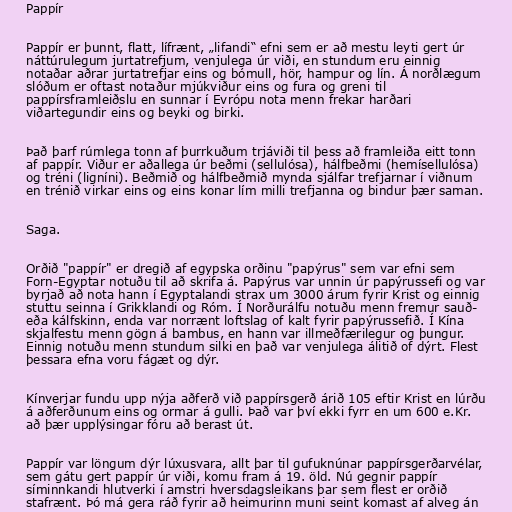
Pappír

Pappír er þunnt, flatt, lífrænt, „lifandi“ efni sem er að mestu leyti gert úr
náttúrulegum jurtatrefjum, venjulega úr viði, en stundum eru einnig
notaðar aðrar jurtatrefjar eins og bómull, hör, hampur og lín. Á norðlægum
slóðum er oftast notaður mjúkviður eins og fura og greni til
pappírsframleiðslu en sunnar í Evrópu nota menn frekar harðari
viðartegundir eins og beyki og birki.

Það þarf rúmlega tonn af þurrkuðum trjáviði til þess að framleiða eitt tonn
af pappír. Viður er aðallega úr beðmi (sellulósa), hálfbeðmi (hemísellulósa)
og tréni (ligníni). Beðmið og hálfbeðmið mynda sjálfar trefjarnar í viðnum
en trénið virkar eins og eins konar lím milli trefjanna og bindur þær saman.

Saga.

Orðið "pappír" er dregið af egypska orðinu "papýrus" sem var efni sem
Forn-Egyptar notuðu til að skrifa á. Papýrus var unnin úr papýrussefi og var
byrjað að nota hann í Egyptalandi strax um 3000 árum fyrir Krist og einnig
stuttu seinna í Grikklandi og Róm. Í Norðurálfu notuðu menn fremur sauð-
eða kálfskinn, enda var norrænt loftslag of kalt fyrir papýrussefið. Í Kína
skjalfestu menn gögn á bambus, en hann var illmeðfærilegur og þungur.
Einnig notuðu menn stundum silki en það var venjulega álitið of dýrt. Flest
þessara efna voru fágæt og dýr.

Kínverjar fundu upp nýja aðferð við pappírsgerð árið 105 eftir Krist en lúrðu
á aðferðunum eins og ormar á gulli. Það var því ekki fyrr en um 600 e.Kr.
að þær upplýsingar fóru að berast út.

Pappír var löngum dýr lúxusvara, allt þar til gufuknúnar pappírsgerðarvélar,
sem gátu gert pappír úr viði, komu fram á 19. öld. Nú gegnir pappír
síminnkandi hlutverki í amstri hversdagsleikans þar sem flest er orðið
stafrænt. Þó má gera ráð fyrir að heimurinn muni seint komast af alveg án